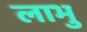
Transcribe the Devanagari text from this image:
लाभु